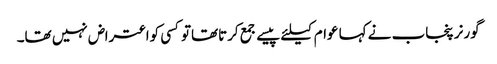
گورنر پنجاب نے کہا عوام کیلئے پیسے جمع کرتاتھاتوکسی کواعتراض نہیں تھا۔